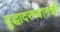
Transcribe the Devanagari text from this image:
युद्धादरम्यानची